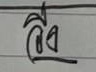
วิ่ง